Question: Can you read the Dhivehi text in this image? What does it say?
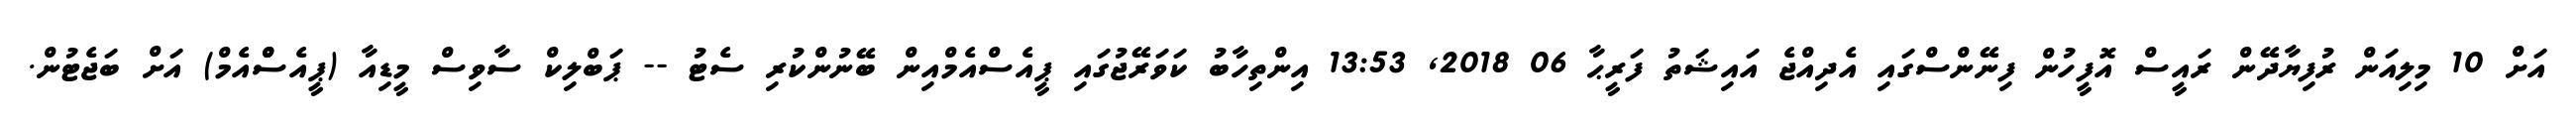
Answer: އަށް 10 މިލިއަން ރުފިޔާދޭން ރައީސް އޮފީހުން ފިނޭންސްގައި އެދިއްޖެ އައިޝަތު ފަރީޙާ 06 2018, 13:53 އިންތިހާބު ކަވަރޭޖުގައި ޕީއެސްއެމްއިން ބޭނުންކުރި ސެޓު -- ޕަބްލިކް ސާވިސް މީޑިއާ (ޕީއެސްްއެމް) އަށް ބަޖެޓުން.